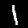
Label: 1